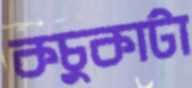
কচুকাটা